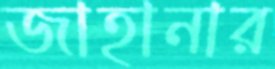
জাহানার